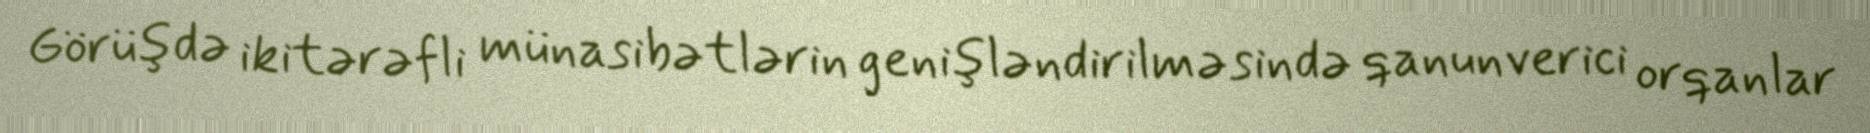
Görüşdə ikitərəfli münasibətlərin genişləndirilməsində qanunverici orqanlar